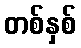
တစ်နှစ်